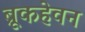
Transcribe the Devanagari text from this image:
ब्रूकहेवन